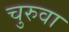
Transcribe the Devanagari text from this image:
चुरुवा